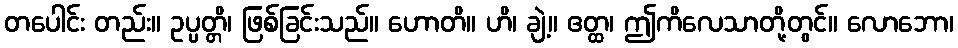
တပေါင်း တည်း။ ဥပ္ပတ္တိ၊ ဖြစ်ခြင်းသည်။ ဟောတိ။ ဟိ၊ ချဲ့။ ဧတ္ထ၊ ဤကိလေသာတို့တွင်။ လောဘော၊